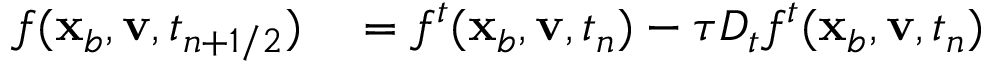
\begin{array} { r l } { f ( \mathbf x _ { b } , \mathbf v , t _ { n + 1 / 2 } ) } & { { } = f ^ { t } ( \mathbf x _ { b } , \mathbf v , t _ { n } ) - \tau D _ { t } f ^ { t } ( \mathbf x _ { b } , \mathbf v , t _ { n } ) } \end{array}